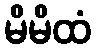
မိမိထံ